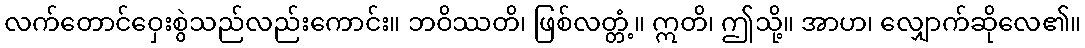
လက်တောင်ဝှေးစွဲသည်လည်းကောင်း။ ဘဝိဿတိ၊ ဖြစ်လတ္တံ့။ ဣတိ၊ ဤသို့။ အာဟ၊ လျှောက်ဆိုလေ၏။